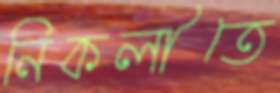
নিকলীতে